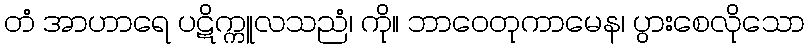
တံ အာဟာရေ ပဋိက္ကူလသညံ၊ ကို။ ဘာဝေတုကာမေန၊ ပွားစေလိုသော